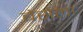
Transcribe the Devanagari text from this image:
बेसेला